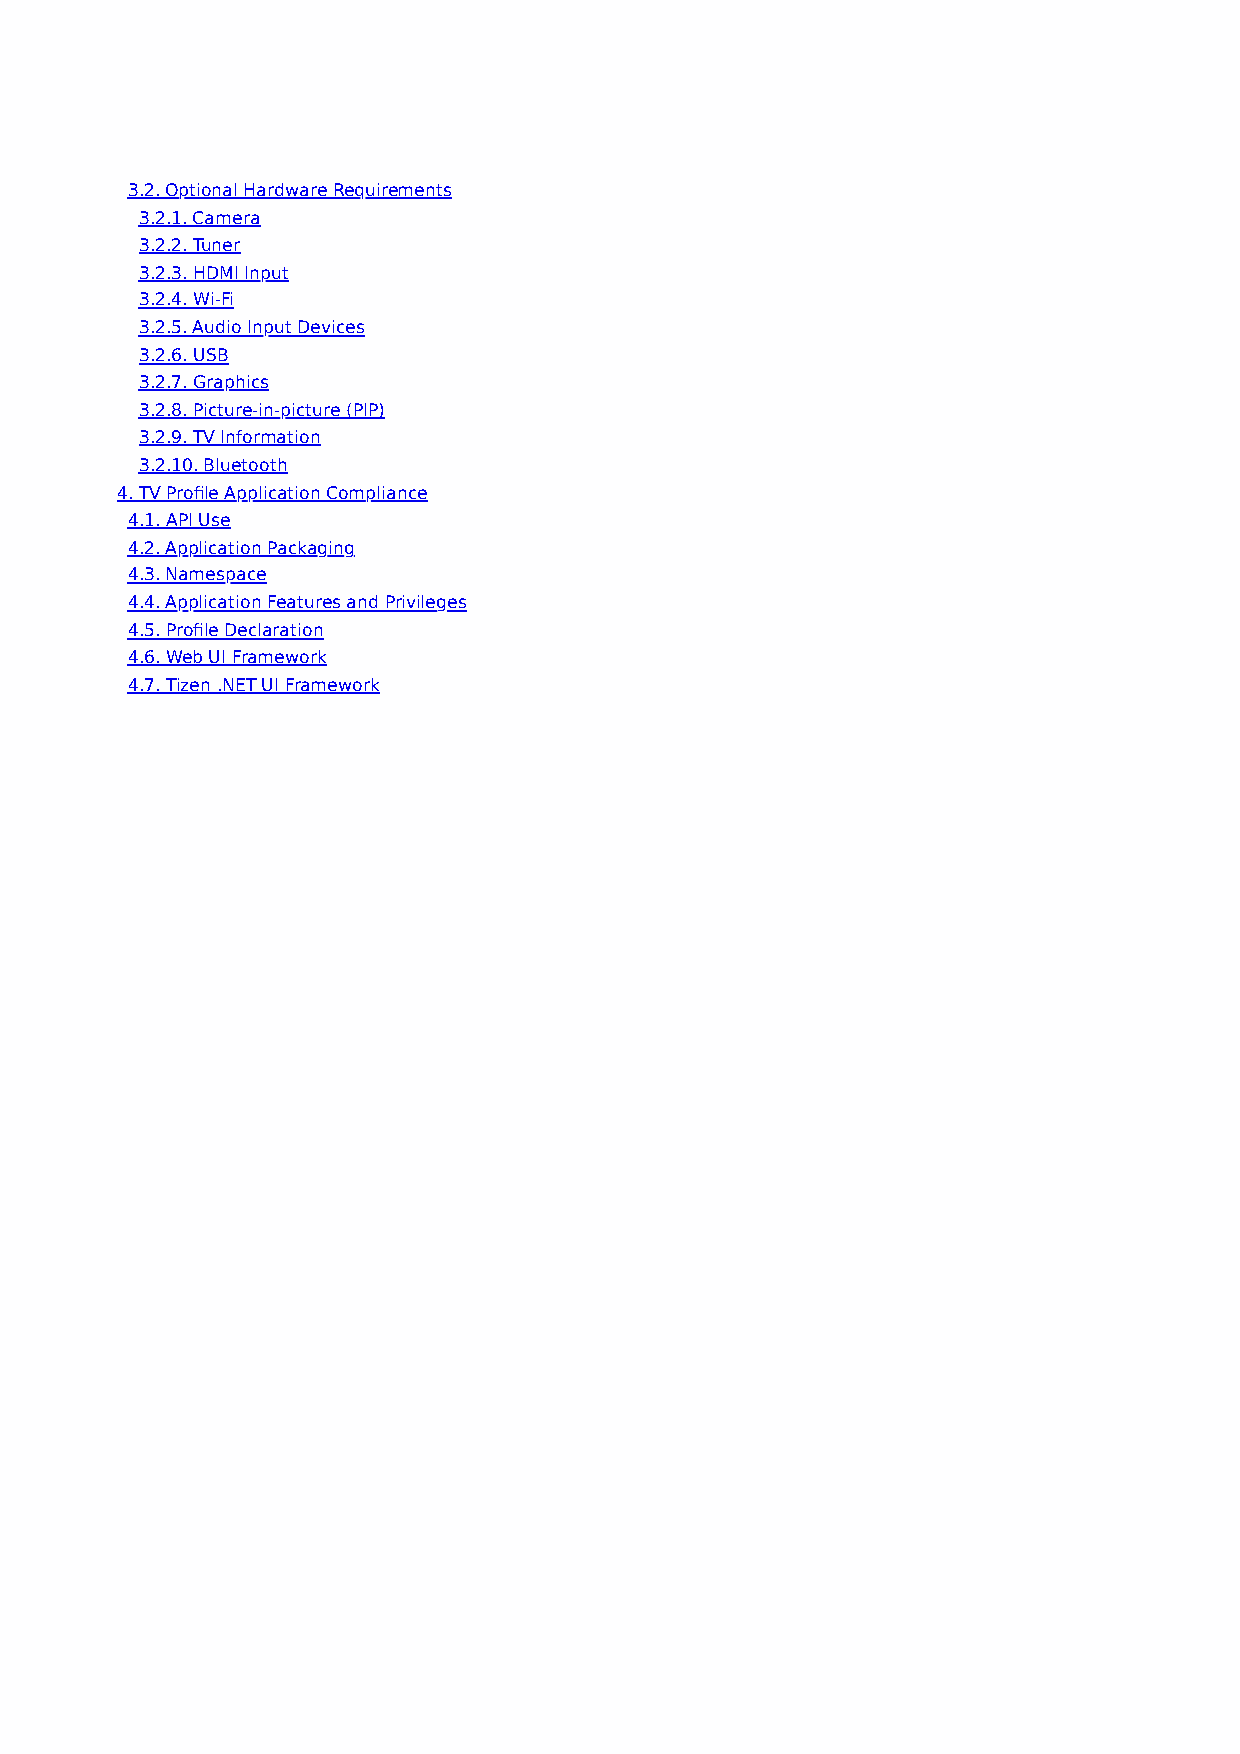
3.2. Optional Hardware Requirements
 3.2.1. Camera
 3.2.2. Tuner
 3.2.3. HDMI Input
 3.2.4. Wi-Fi
 3.2.5. Audio Input Devices
 3.2.6. USB
 3.2.7. Graphics
 3.2.8. Picture-in-picture (PIP)
 3.2.9. TV Information
 3.2.10. Bluetooth
 4. TV Profile Application Compliance
 4.1. API Use
 4.2. Application Packaging
 4.3. Namespace
 4.4. Application Features and Privileges
 4.5. Profile Declaration
 4.6. Web UI Framework
 4.7. Tizen .NET UI Framework